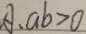
A . a b > 0